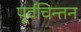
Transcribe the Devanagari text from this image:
पूर्वचिन्तन